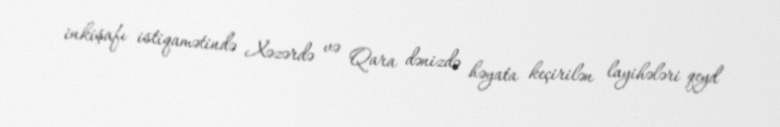
inkişafı istiqamətində Xəzərdə və Qara dənizdə həyata keçirilən layihələri qeyd